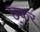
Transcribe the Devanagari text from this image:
छुकर